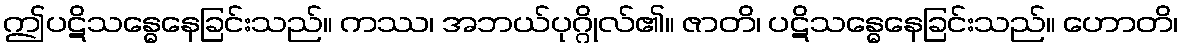
ဤပဋိသန္ဓေနေခြင်းသည်။ ကဿ၊ အဘယ်ပုဂ္ဂိုလ်၏။ ဇာတိ၊ ပဋိသန္ဓေနေခြင်းသည်။ ဟောတိ၊